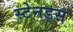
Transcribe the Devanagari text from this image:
स्टेनड्स